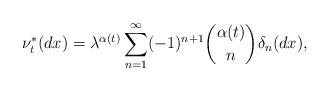
LaTeX: \begin{align*}\nu _{t}^{\ast }(dx)=\lambda ^{\alpha (t)}\sum_{n=1}^{\infty }(-1)^{n+1}\binom{\alpha (t)}{n}\delta _{n}(dx),\label{misura di Levy spacefractional}\end{align*}